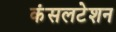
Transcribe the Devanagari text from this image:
कंसलटेशन